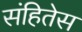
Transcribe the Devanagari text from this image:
संहितेस